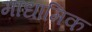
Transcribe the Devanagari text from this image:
माधामिक